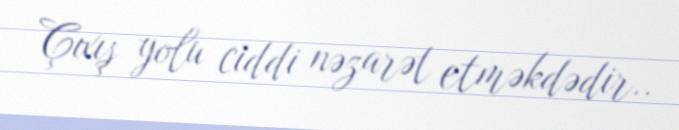
Çıxış yolu ciddi nəzarət etməkdədir..